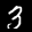
Label: 3